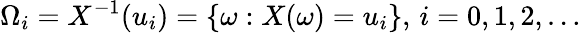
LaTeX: \Omega_{i}=X^{-1}(u_{i})=\{ \omega:X(\omega)=u_{i}\} ,\, i=0,1,2,\dots